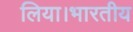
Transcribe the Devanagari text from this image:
लिया।भारतीय